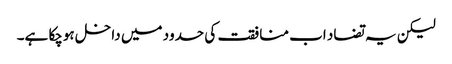
لیکن یہ تضاد اب منافقت کی حدود میں داخل ہوچکا ہے۔